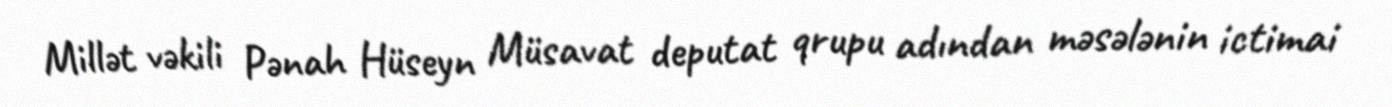
Millət vəkili Pənah Hüseyn Müsavat deputat qrupu adından məsələnin ictimai